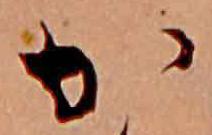
か